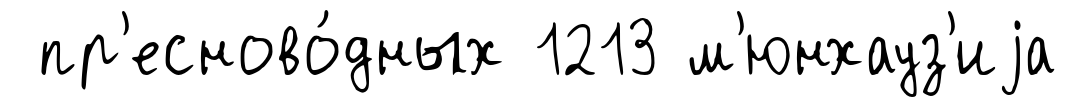
пр'есново́дных 1213 м'юнхауз'иjа